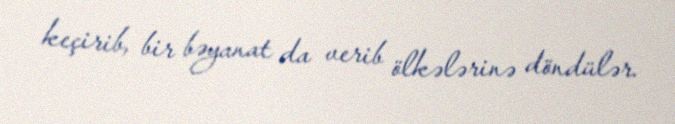
keçirib, bir bəyanat da verib ölkələrinə döndülər.